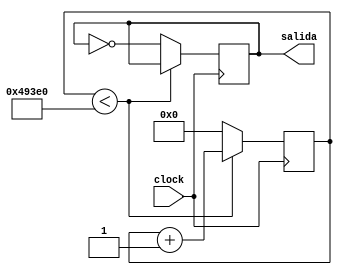
`timescale 1ns / 1ps
//////////////////////////////////////////////////////////////////////////////////
// Company: 
// Engineer: 
// 
// Design Name: 
// Module Name:    DivisorFrecuencia 
// Project Name: 
// Target Devices: 
// Tool versions: 
// Description: 
//
// Dependencies: 
//
// Revision: 
// Revision 0.01 - File Created
// Additional Comments: 
//
//////////////////////////////////////////////////////////////////////////////////
module DivisorFrecuencia(clock,salida);
input clock;
output reg salida;

parameter NDELAY = 300000;
parameter NBITS = 19;
 
reg freq = 0;

reg[NBITS-1:0]count=0;


 always @ (posedge clock)
 begin
		 if(count<NDELAY)
		  begin
		  count <= count+1;
		  end
		 else 
		  begin
		  count <= 0;
		  freq <= ~freq;
		  end
  end
     
  always @ (freq)
  begin
		salida = freq;
  end

endmodule